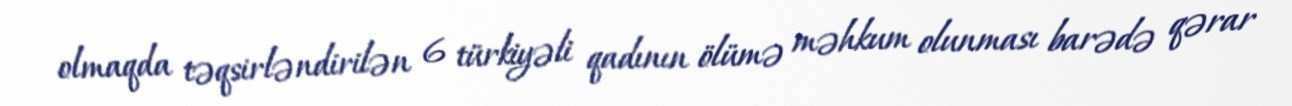
olmaqda təqsirləndirilən 6 türkiyəli qadının ölümə məhkum olunması barədə qərar